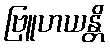
ဗြူဟယန္တိ